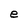
Character: e